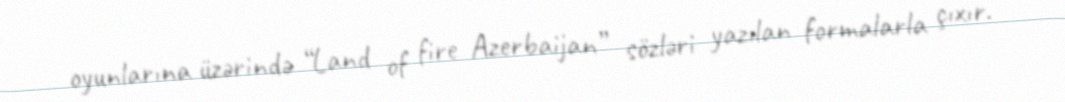
oyunlarına üzərində “Land of fire Azerbaijan” sözləri yazılan formalarla çıxır.